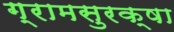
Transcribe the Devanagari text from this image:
ग्रामसुरक्षा